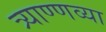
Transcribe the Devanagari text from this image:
त्र्याण्णव्या